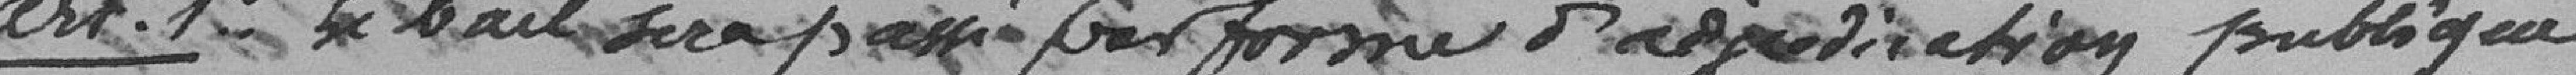
art. 1er Le bail sera passé par forme d'adjudication publique